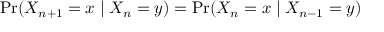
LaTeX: \operatorname* { P r } ( X _ { n + 1 } = x \mid X _ { n } = y ) = \operatorname* { P r } ( X _ { n } = x \mid X _ { n - 1 } = y )